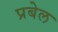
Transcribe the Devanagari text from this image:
प्रबेल